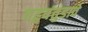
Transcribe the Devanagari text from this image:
बहुबंतुडावे